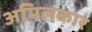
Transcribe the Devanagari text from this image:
अमिलकार